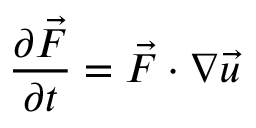
\frac { \partial \vec { F } } { \partial t } = \vec { F } \cdot \boldsymbol { \nabla } \vec { u }